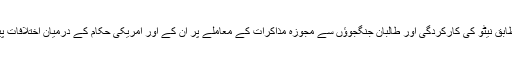
اطلاعات کے مطابق نیٹو کی کارکردگی اور طالبان جنگجوؤں سے مجوزہ مذاکرات کے معاملے پر ان کے اور امریکی حکام کے درمیان اختلافات پیدا ہو گئے تھے۔